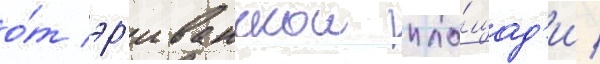
о́т эр'иванскои пло́щад'и /